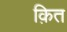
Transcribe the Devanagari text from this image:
क़ित